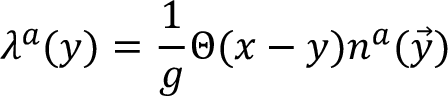
\lambda ^ { a } ( y ) = { \frac { 1 } { g } } \Theta ( x - y ) n ^ { a } ( \vec { y } )